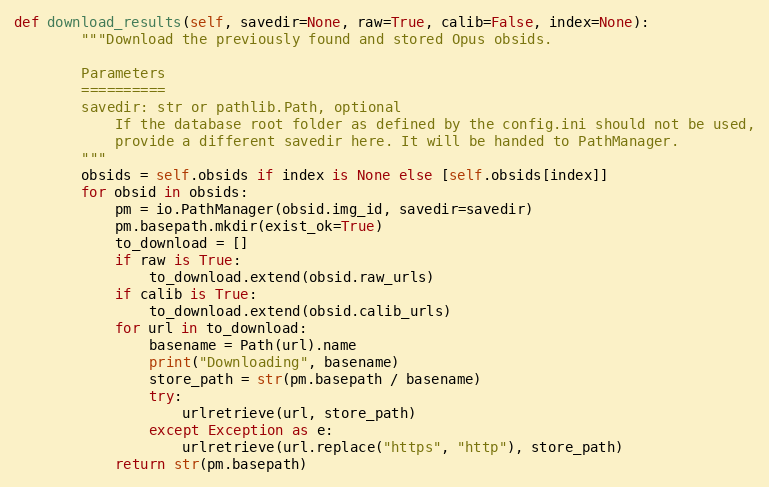
Language: Python
def download_results(self, savedir=None, raw=True, calib=False, index=None):
        """Download the previously found and stored Opus obsids.

        Parameters
        ==========
        savedir: str or pathlib.Path, optional
            If the database root folder as defined by the config.ini should not be used,
            provide a different savedir here. It will be handed to PathManager.
        """
        obsids = self.obsids if index is None else [self.obsids[index]]
        for obsid in obsids:
            pm = io.PathManager(obsid.img_id, savedir=savedir)
            pm.basepath.mkdir(exist_ok=True)
            to_download = []
            if raw is True:
                to_download.extend(obsid.raw_urls)
            if calib is True:
                to_download.extend(obsid.calib_urls)
            for url in to_download:
                basename = Path(url).name
                print("Downloading", basename)
                store_path = str(pm.basepath / basename)
                try:
                    urlretrieve(url, store_path)
                except Exception as e:
                    urlretrieve(url.replace("https", "http"), store_path)
            return str(pm.basepath)